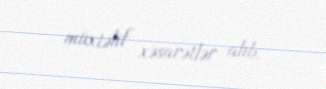
müxtəlif xəsarətlər alıb.